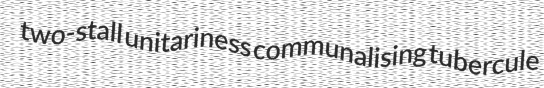
two-stall unitariness communalising tubercule